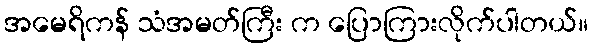
အမေရိကန် သံအမတ်ကြီး က ပြောကြားလိုက်ပါတယ်။